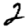
Digit: 2